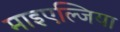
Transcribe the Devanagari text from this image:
माइएल्जिया